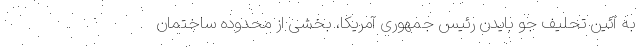
به آئین تحلیف جو بایدن رئیس جمهوری آمریکا، بخشی از محدوده ساختمان